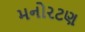
મનોરટણ